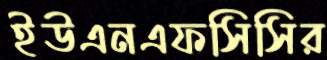
ইউএনএফসিসির